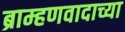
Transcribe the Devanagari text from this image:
ब्राम्हणवादाच्या